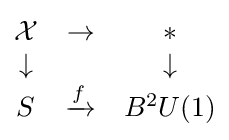
{\begin{matrix}{\mathcal {X}}&\to &*\\\downarrow &&\downarrow \\S&\xrightarrow {f} &B^{2}U(1)\end{matrix}}